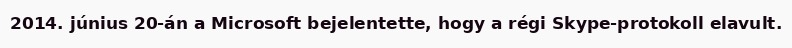
2014. június 20-án a Microsoft bejelentette, hogy a régi Skype-protokoll elavult.